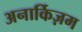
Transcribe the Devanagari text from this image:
अनार्किज़म